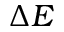
\Delta E